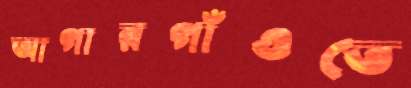
আগারগাঁওতে